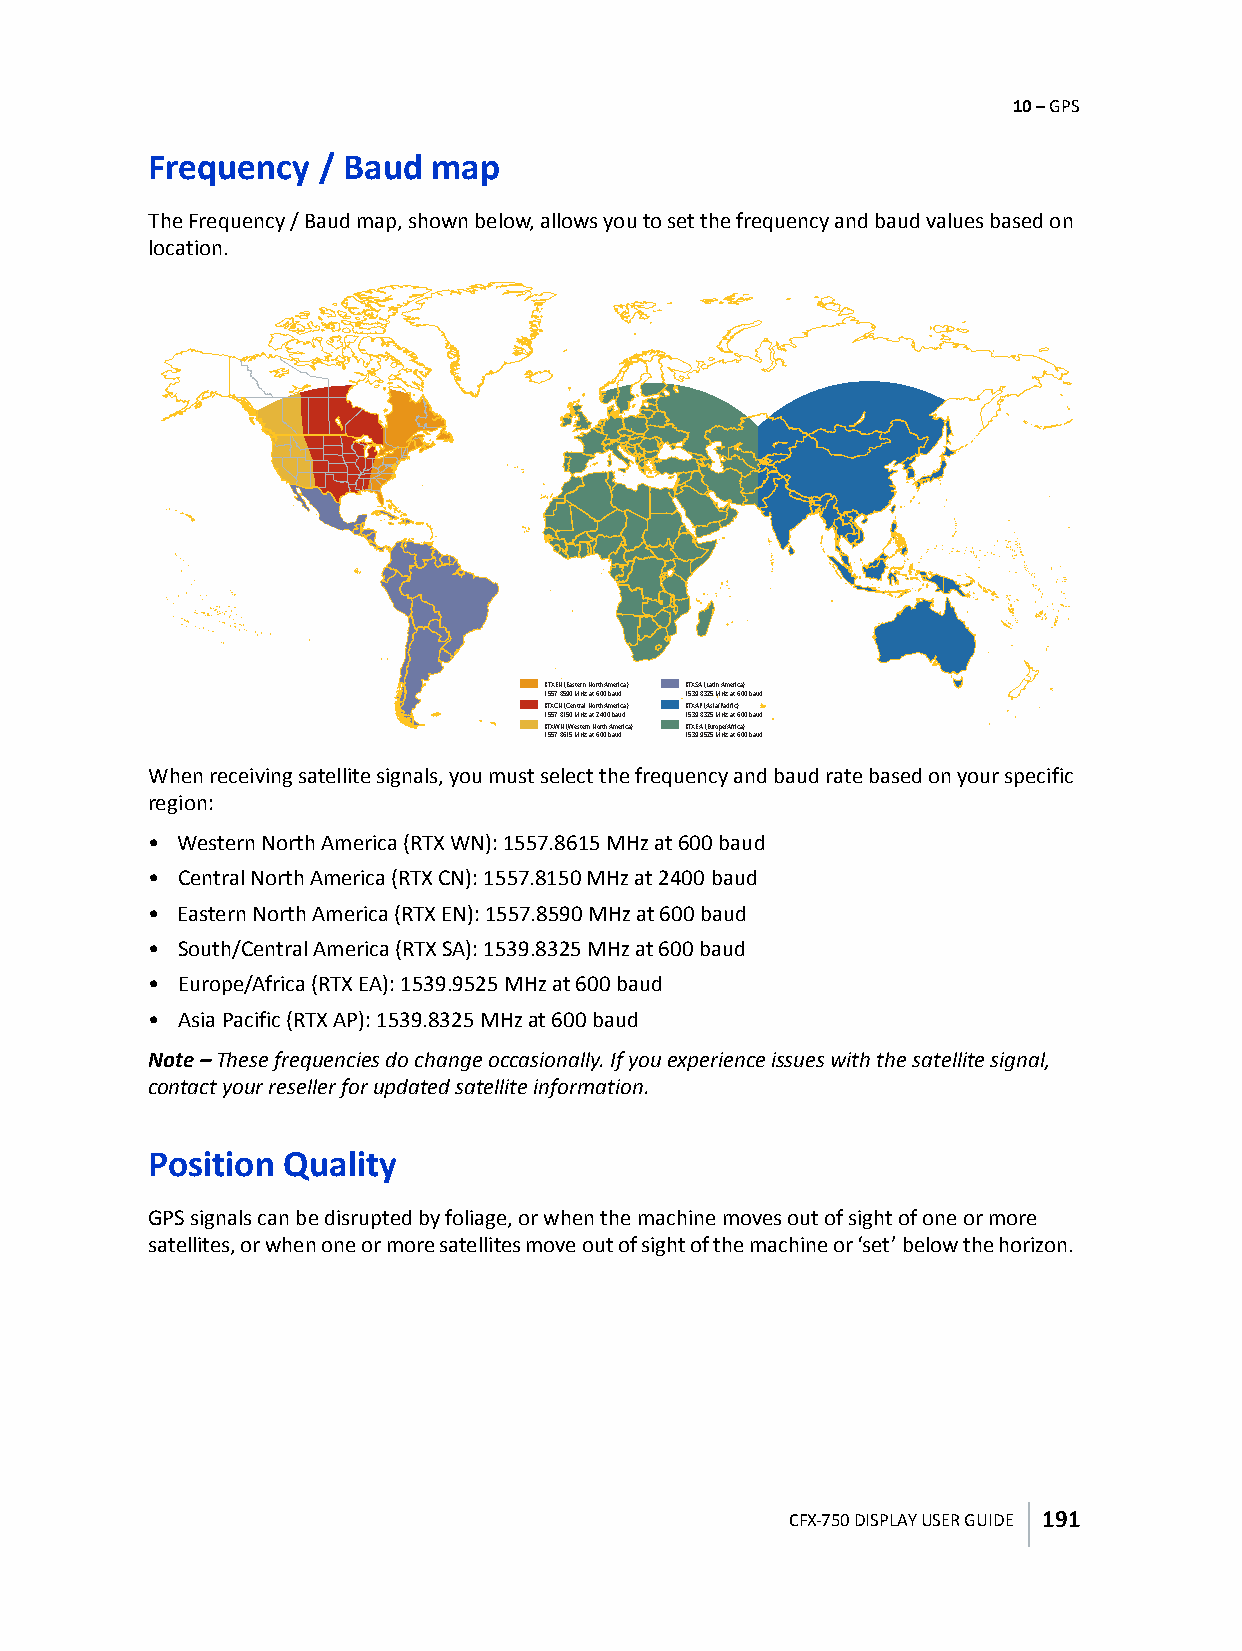
10 – GPS
 Frequency  / Baud  map
 The Frequency / Baud map, shown below, allows you to set the frequency and baud values based on
 location.
 RTXEN (Eastern North America) RTXSA (Latin America)
 1557.8590 MHz at 600 baud 1539.8325 MHz at 600 baud
 RTXCN (Central North America) RTXAP (Asia/Pacific)
 1557.8150 MHz at 2400 baud 1539.8325 MHz at 600 baud
 RTXWN (Western North America) RTXEA (Europe/Africa)
 1557.8615 MHz at 600 baud 1539.9525 MHz at 600 baud
 When receiving satellite signals, you must select the frequency and baud rate based on your specific
 region:
 • Western North America (RTX WN): 1557.8615 MHz at 600 baud
 • Central North America (RTX CN): 1557.8150 MHz at 2400 baud
 • Eastern North America (RTX EN): 1557.8590 MHz at 600 baud
 • South/Central America (RTX SA): 1539.8325 MHz at 600 baud
 • Europe/Africa (RTX EA): 1539.9525 MHz at 600 baud
 • Asia Pacific (RTX AP): 1539.8325 MHz at 600 baud
 Note – These frequencies do change occasionally. If you experience issues with the satellite signal,
 contact your reseller for updated satellite information.
 Position Quality
 GPS signals can be disrupted by foliage, or when the machine moves out of sight of one or more
 satellites, or when one or more satellites move out of sight of the machine or ‘set’ below the horizon.
 CFX-750 DISPLAY USER GUIDE 191